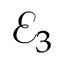
\mathcal { E } _ { 3 }